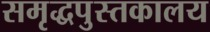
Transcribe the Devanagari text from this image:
समृद्धपुस्तकालय